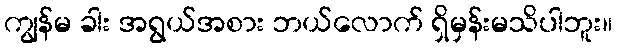
ကျွန်မ ခါး အရွယ်အစား ဘယ်လောက် ရှိမှန်းမသိပါဘူး။